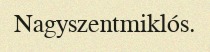
Nagyszentmiklós.